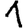
Digit: 1